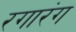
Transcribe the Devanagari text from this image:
रगारंग